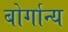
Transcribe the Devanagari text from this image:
बोर्गान्य